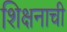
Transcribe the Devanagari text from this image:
शिक्षनाची